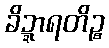
ခိဍ္ဍာရတိဉ္စ